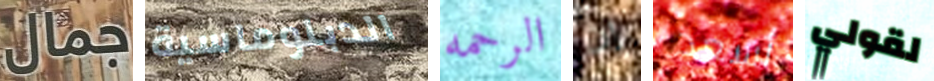
جمال الدبلوماسية الرحمه إن أسعد لقولي